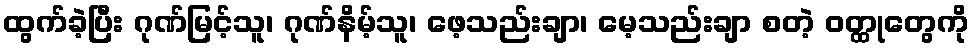
ထွက်ခဲ့ပြီး ဂုဏ်မြင့်သူ၊ ဂုဏ်နိမ့်သူ၊ ဖေ့သည်းချာ၊ မေ့သည်းချာ စတဲ့ ဝတ္ထုတွေကို